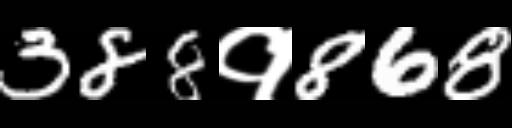
Text: 388१868